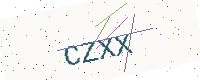
Text: CZXX